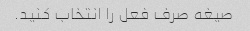
صیغه صرف فعل را انتخاب کنید.